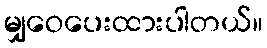
မျှဝေပေးထားပါတယ်။